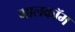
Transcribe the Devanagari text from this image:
मालकॉम